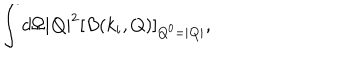
\int d \Omega | { \bf Q } | ^ { 2 } [ B ( k _ { i } , Q ) ] _ { Q ^ { 0 } = | { \bf Q } | } ,